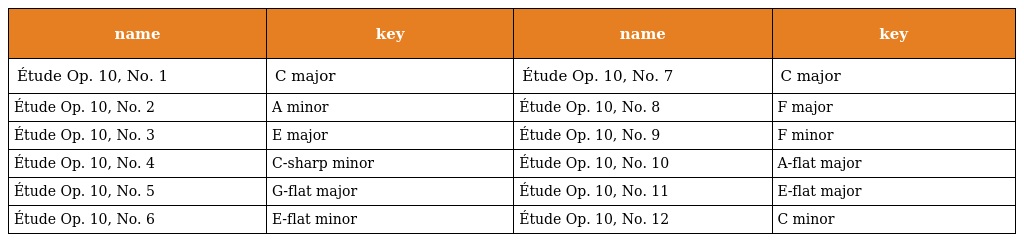
| name | key | name | key |
 | --- | --- | --- | --- |
 | Étude Op. 10, No. 1 | C major | Étude Op. 10, No. 7 | C major |
 | Étude Op. 10, No. 2 | A minor | Étude Op. 10, No. 8 | F major |
 | Étude Op. 10, No. 3 | E major | Étude Op. 10, No. 9 | F minor |
 | Étude Op. 10, No. 4 | C-sharp minor | Étude Op. 10, No. 10 | A-flat major |
 | Étude Op. 10, No. 5 | G-flat major | Étude Op. 10, No. 11 | E-flat major |
 | Étude Op. 10, No. 6 | E-flat minor | Étude Op. 10, No. 12 | C minor |